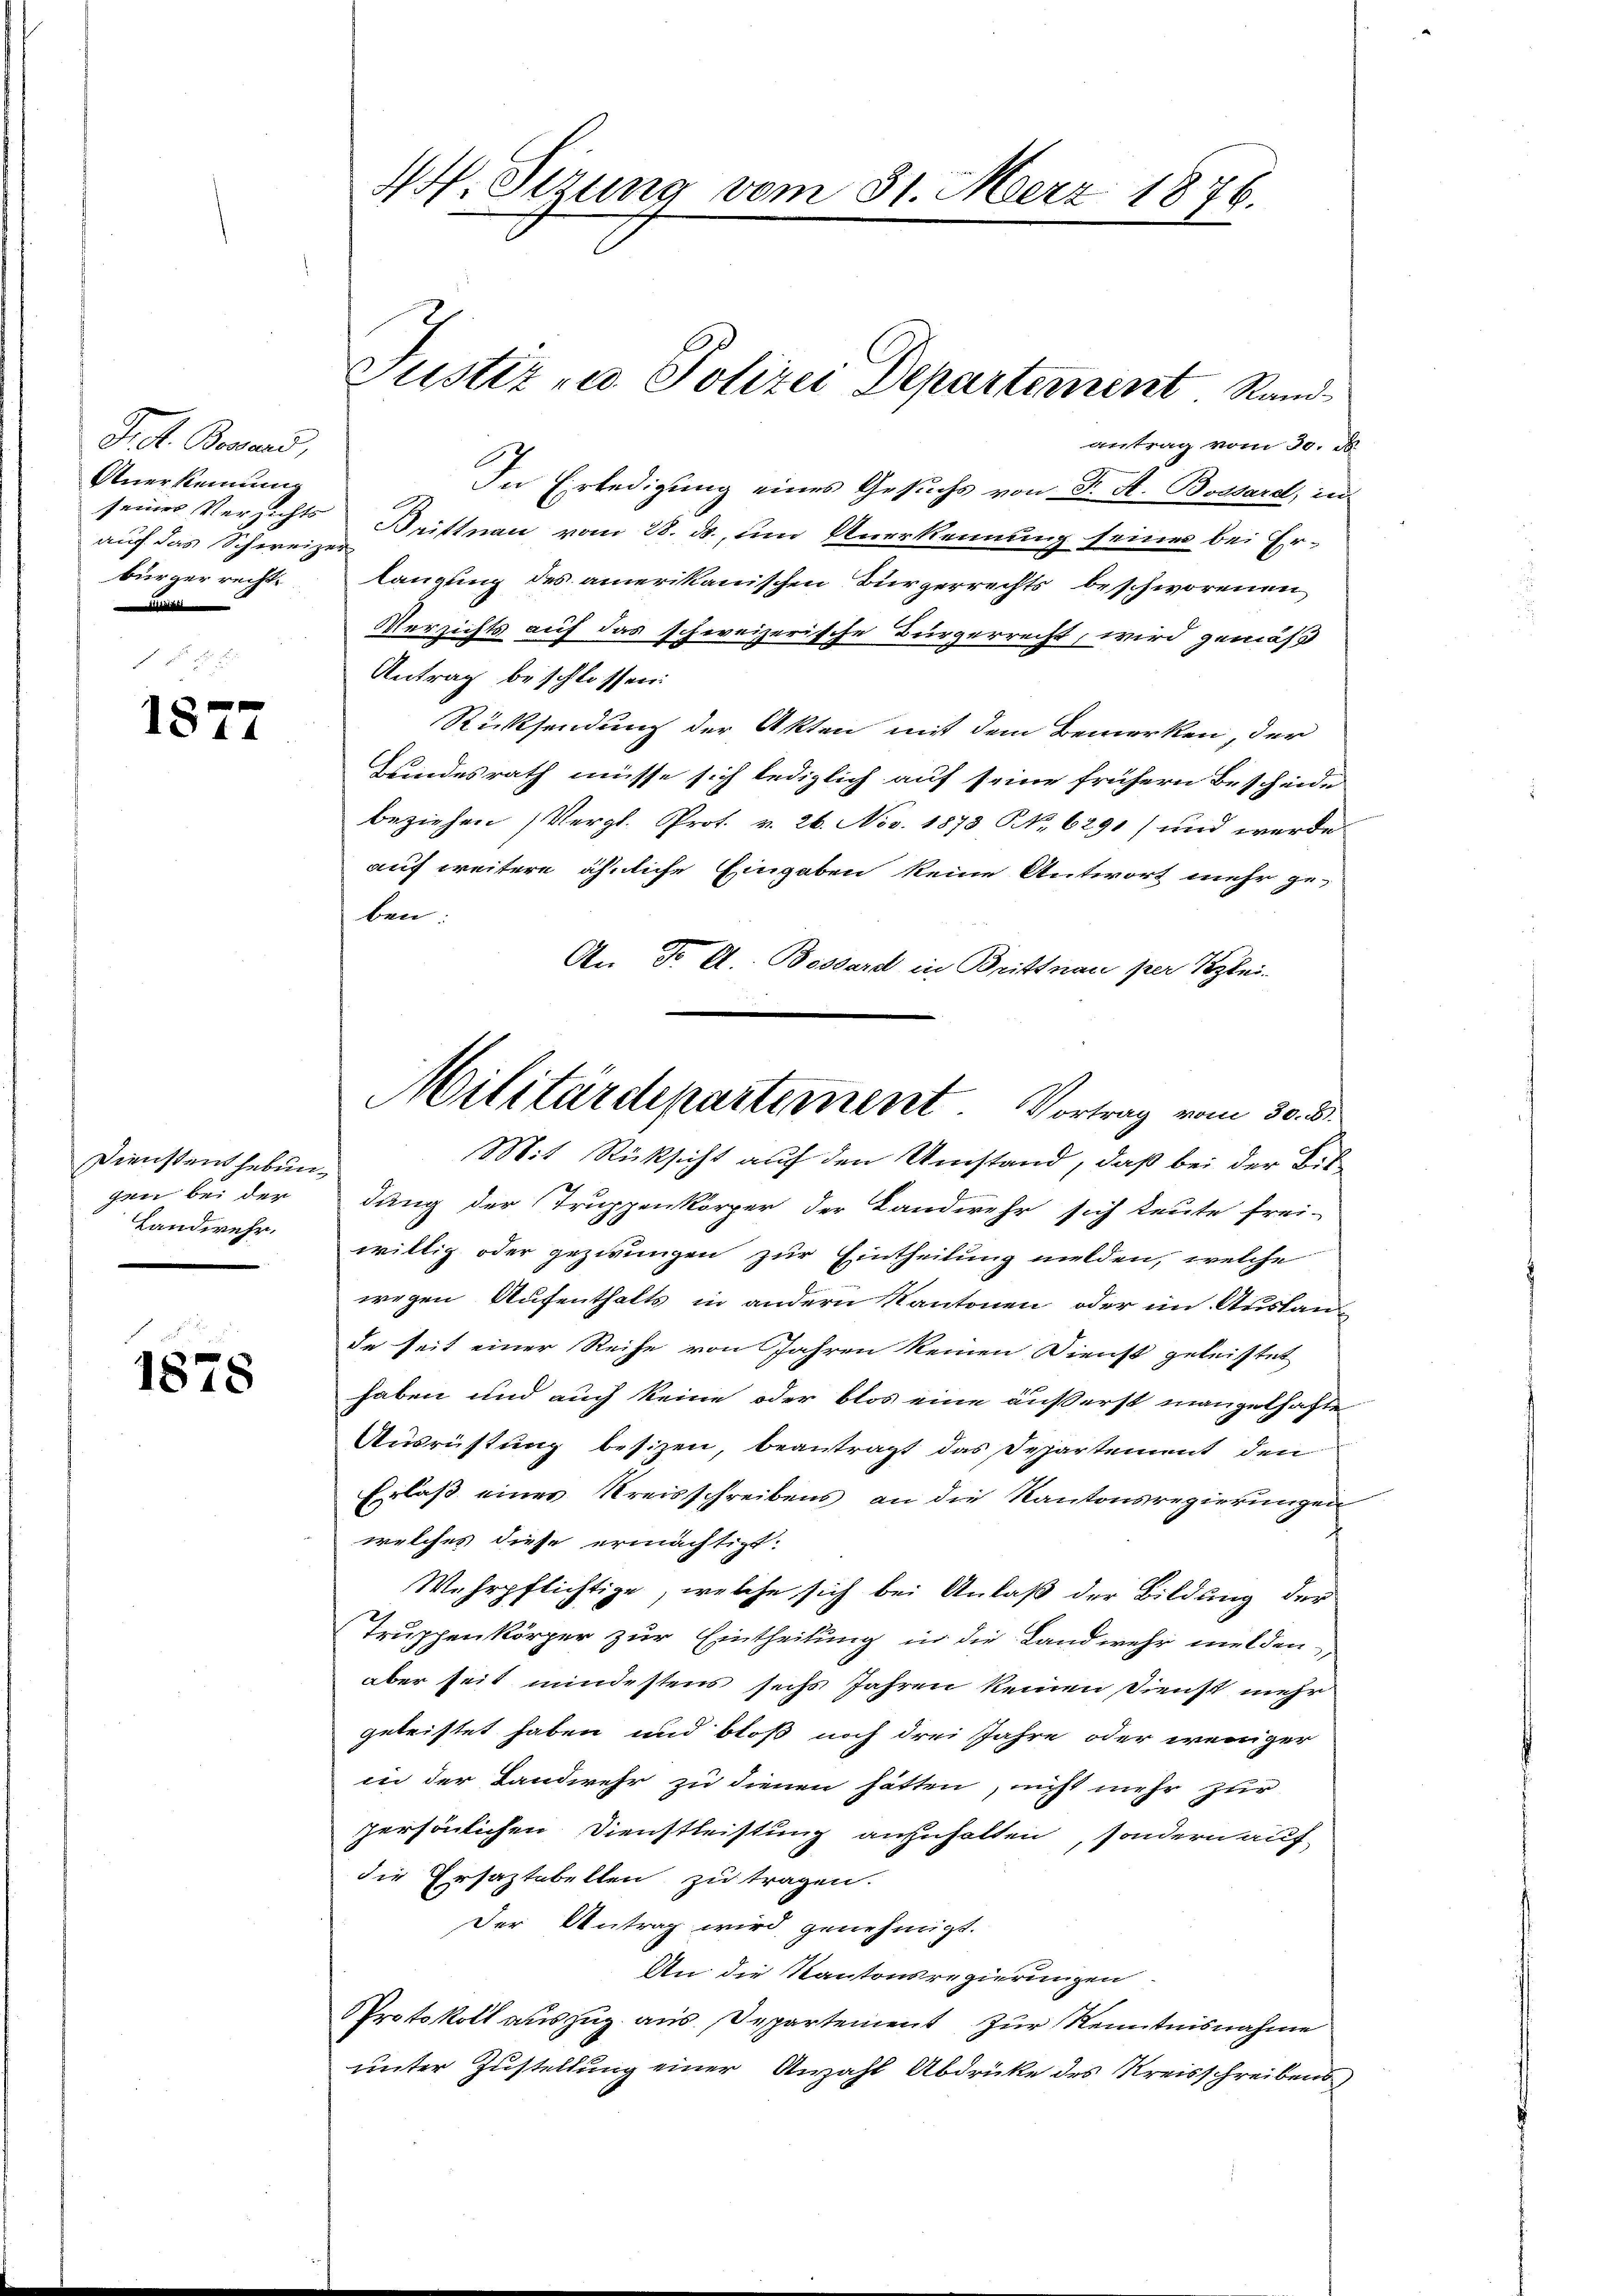
Tret. Brand,
Anerkennung
seines Versichts
auch das Schweize
bürger recht.

1877

Dienstent hebun
gen bei der
Landwehr.

1878

44. Sizung vom 31. März 1876.

antrag vom 30. d.
In Erledigung eines Gesuchs von F. A. Bossard, in
Drittnau vom 28. ds., um Anerkennung seines bei Erf
langung des amerikanischen Bürgerrechts beschworenen
Versichts auf das schweizerische Bürgerrecht, wird gemäß
Antrag beschlossen:
Rücksendung der Akten mit dem Bemerken, der
Bundesrath müsse sich lediglich auf seine frühern Bescheide
beziehen (Vergl. Prot. v. 26. Nov. 1873 N. 6291) und werde
auf weitere ähnliche Eingaben keine Antwort mehr geben:
An Fr. A. Bossard in Brittnau per Klei
Mit Rücksicht auf den Umstand, daß bei der Bildung der Truppenkörper der Landwehr sich Leute frei-
willig oder gezwungen zur Eintheilung melden, welche
wegen Aufenthalts in andern Kantonen oder im Auslande seit einer Reihe von Jahren keinen Dienst geleistet
haben und auch keine oder blos eine äußerst mangelhafte
Ausrüstung besizen, beantragt das Departement den
Erlaß eines Kreisschreibens an die Kantonsregierungen
welches diese ermächtigt.
Wehrpflichtige, welche sich bei Anlaß der Bildung der
Truppenkörper zur Eintheilung in die Landwehr melden,
aber seit mindestens sechs Jahren keinen Dienst mehr
geleistet haben und bloß noch drei Jahre oder weniger
in der Landwehr zu dienen hätten, nicht mehr zur
persönlichen Dienstleistung anzuhalten, sondern auf
die Ersaztabellen zu tragen.
Der Antrag wird genehmigt.
An die Kantonsregierungen.
Protokoll auszug aus Departement zur Kenntnisnahme
unter Zustellung einer Anzahl Abdrücke des Kreisschreibens

Justiz u. Polizei Departement Rand

Militärdepartement. Vortrag vom 30. d.